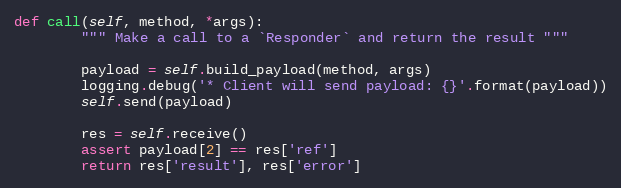
Language: Python
def call(self, method, *args):
        """ Make a call to a `Responder` and return the result """

        payload = self.build_payload(method, args)
        logging.debug('* Client will send payload: {}'.format(payload))
        self.send(payload)

        res = self.receive()
        assert payload[2] == res['ref']
        return res['result'], res['error']